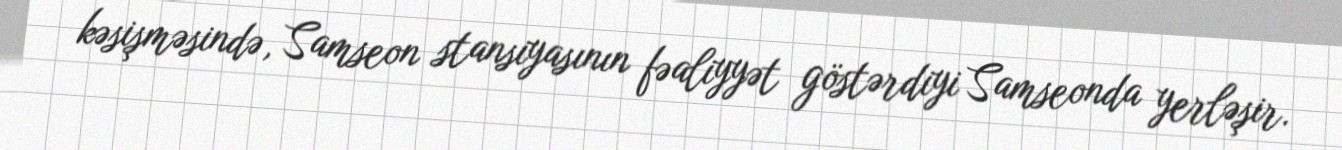
kəsişməsində, Samseon stansiyasının fəaliyyət göstərdiyi Samseonda yerləşir.